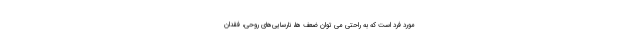
مورد فرد است که به راحتی می توان ضعف ها، نارسایی­‌های روحی، فقدانِ